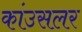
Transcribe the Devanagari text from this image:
कांउसलर